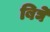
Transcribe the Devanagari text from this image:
बिघे